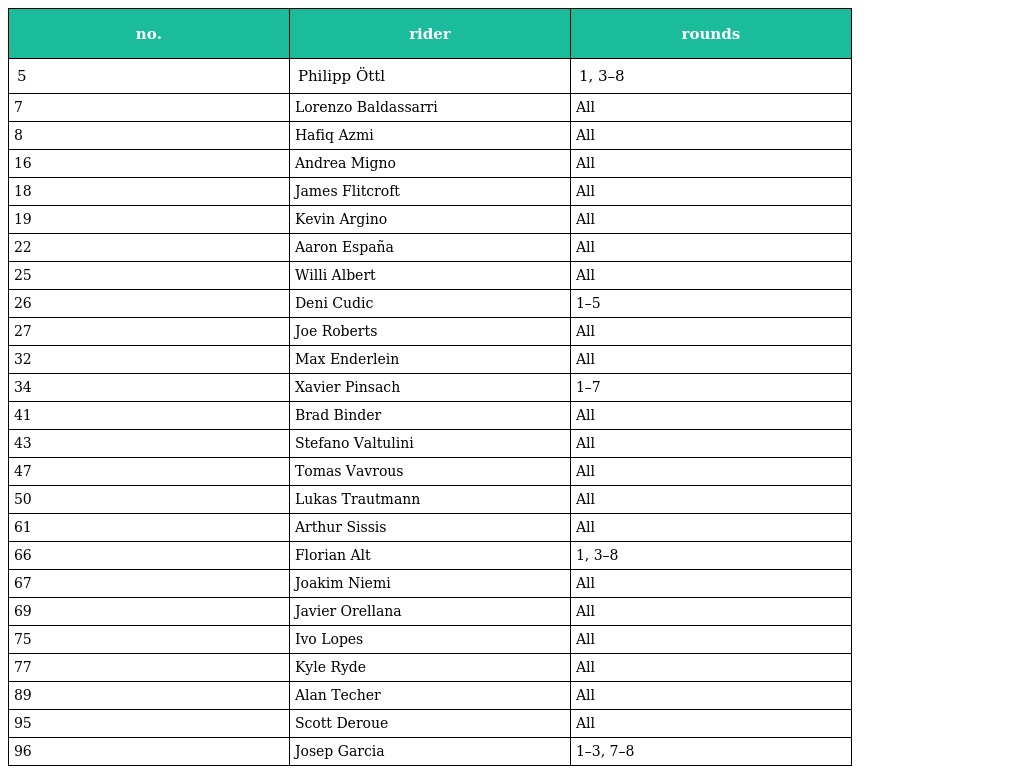
| no. | rider | rounds |
 | --- | --- | --- |
 | 5 | Philipp Öttl | 1, 3–8 |
 | 7 | Lorenzo Baldassarri | All |
 | 8 | Hafiq Azmi | All |
 | 16 | Andrea Migno | All |
 | 18 | James Flitcroft | All |
 | 19 | Kevin Argino | All |
 | 22 | Aaron España | All |
 | 25 | Willi Albert | All |
 | 26 | Deni Cudic | 1–5 |
 | 27 | Joe Roberts | All |
 | 32 | Max Enderlein | All |
 | 34 | Xavier Pinsach | 1–7 |
 | 41 | Brad Binder | All |
 | 43 | Stefano Valtulini | All |
 | 47 | Tomas Vavrous | All |
 | 50 | Lukas Trautmann | All |
 | 61 | Arthur Sissis | All |
 | 66 | Florian Alt | 1, 3–8 |
 | 67 | Joakim Niemi | All |
 | 69 | Javier Orellana | All |
 | 75 | Ivo Lopes | All |
 | 77 | Kyle Ryde | All |
 | 89 | Alan Techer | All |
 | 95 | Scott Deroue | All |
 | 96 | Josep Garcia | 1–3, 7–8 |